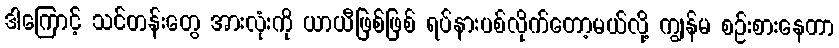
ဒါကြောင့် သင်တန်းတွေ အားလုံးကို ယာယီဖြစ်ဖြစ် ရပ်နားပစ်လိုက်တော့မယ်လို့ ကျွန်မ စဉ်းစားနေတာ